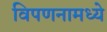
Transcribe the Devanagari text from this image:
विपणनामध्ये